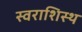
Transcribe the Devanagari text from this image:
स्वराशिस्थ